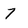
Character: 7